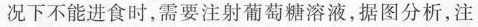
况下不能进食时，需要注射葡萄糖溶液，据图分析，注